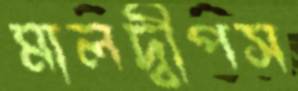
মালদ্বীপস